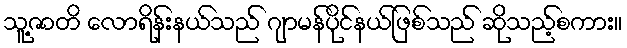
သူ့ဇာတိ လောရိန်းနယ်သည် ဂျာမန်ပိုင်နယ်ဖြစ်သည် ဆိုသည့်စကား။